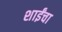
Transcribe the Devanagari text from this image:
शाईंचा